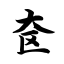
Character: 奁